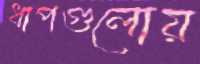
ধাপগুলোয়